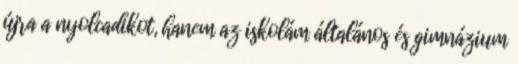
újra a nyolcadikot, hanem az iskolám általános és gimnázium